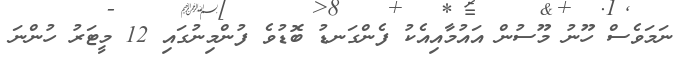
ނަމަވެސް ހޫނު މޫސުން އައުމާއިއެކު ފެންގަނޑު ބޮޑުވެ ފުންމިނުގައި 12 މީޓަރު ހުންނަ